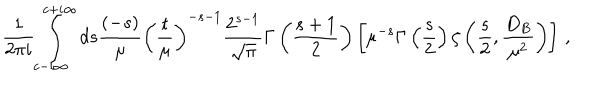
LaTeX: \frac 1 { 2 \pi i } \int _ { c - i \infty } ^ { c + i \infty } d s \frac { ( - s ) } { \mu } \left( \frac { t } { \mu } \right) ^ { - s - 1 } \frac { 2 ^ { s - 1 } } { \sqrt { \pi } } \Gamma \left( \frac { s + 1 } 2 \right) \left[ \mu ^ { - s } \Gamma \left( \frac s 2 \right) \zeta \left( \frac s 2 , \frac { D _ { B } } { \mu ^ { 2 } } \right) \right] \, ,